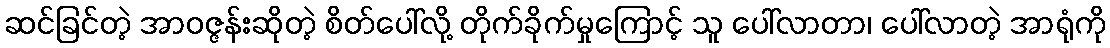
ဆင်ခြင်တဲ့ အာဝဇ္ဇန်းဆိုတဲ့ စိတ်ပေါ်လို့ တိုက်ခိုက်မှုကြောင့် သူ ပေါ်လာတာ၊ ပေါ်လာတဲ့ အာရုံကို